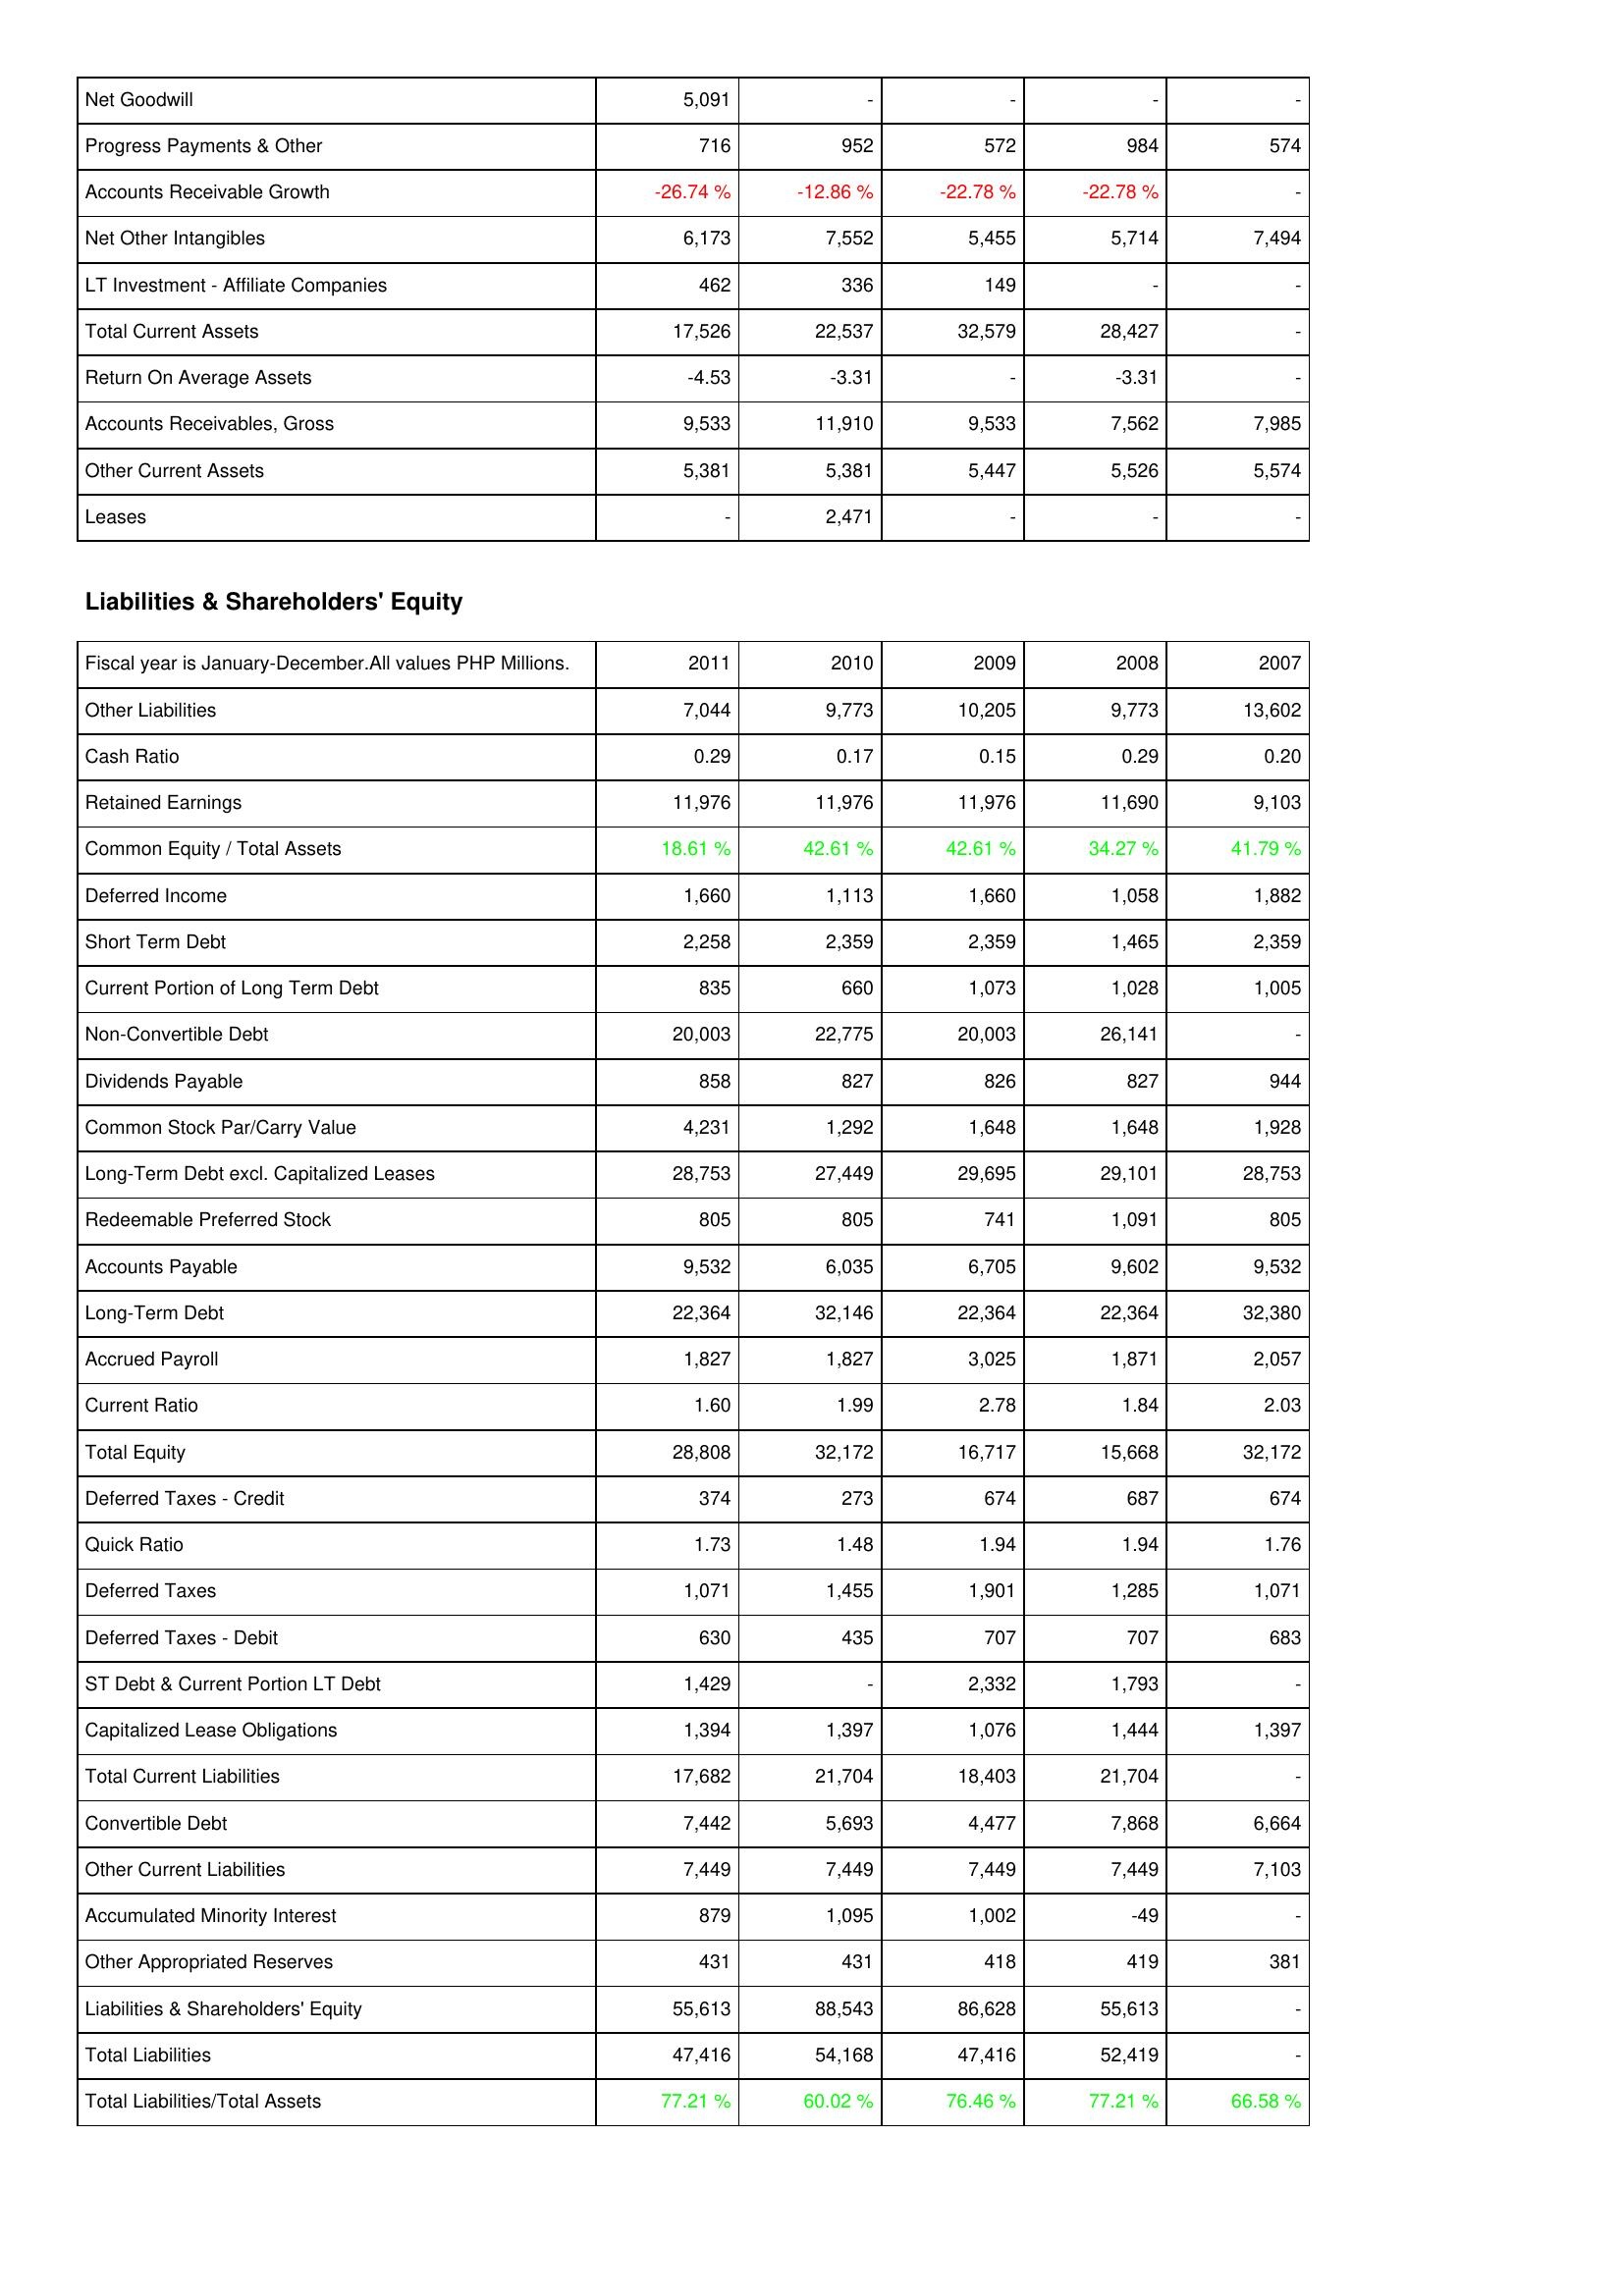
2011: Assets: Net Goodwill: 5,091
Progress Payments & Other: 716
Accounts Receivable Growth: -26.74 %
Net Other Intangibles: 6,173
LT Investment - Affiliate Companies: 462
Total Current Assets: 17,526
Return On Average Assets: -4.53
Accounts Receivables, Gross: 9,533
Other Current Assets: 5,381
Leases: -
Liabilities & Shareholders' Equity: Other Liabilities: 7,044
Cash Ratio: 0.29
Retained Earnings: 11,976
Common Equity / Total Assets: 18.61 %
Deferred Income: 1,660
Short Term Debt: 2,258
Current Portion of Long Term Debt: 835
Non-Convertible Debt: 20,003
Dividends Payable: 858
Common Stock Par/Carry Value: 4,231
Long-Term Debt excl. Capitalized Leases: 28,753
Redeemable Preferred Stock: 805
Accounts Payable: 9,532
Long-Term Debt: 22,364
Accrued Payroll: 1,827
Current Ratio: 1.60
Total Equity: 28,808
Deferred Taxes - Credit: 374
Quick Ratio: 1.73
Deferred Taxes: 1,071
Deferred Taxes - Debit: 630
ST Debt & Current Portion LT Debt: 1,429
Capitalized Lease Obligations: 1,394
Total Current Liabilities: 17,682
Convertible Debt: 7,442
Other Current Liabilities: 7,449
Accumulated Minority Interest: 879
Other Appropriated Reserves: 431
Liabilities & Shareholders' Equity: 55,613
Total Liabilities: 47,416
Total Liabilities/Total Assets: 77.21 %
2010: Assets: Net Goodwill: -
Progress Payments & Other: 952
Accounts Receivable Growth: -12.86 %
Net Other Intangibles: 7,552
LT Investment - Affiliate Companies: 336
Total Current Assets: 22,537
Return On Average Assets: -3.31
Accounts Receivables, Gross: 11,910
Other Current Assets: 5,381
Leases: 2,471
Liabilities & Shareholders' Equity: Other Liabilities: 9,773
Cash Ratio: 0.17
Retained Earnings: 11,976
Common Equity / Total Assets: 42.61 %
Deferred Income: 1,113
Short Term Debt: 2,359
Current Portion of Long Term Debt: 660
Non-Convertible Debt: 22,775
Dividends Payable: 827
Common Stock Par/Carry Value: 1,292
Long-Term Debt excl. Capitalized Leases: 27,449
Redeemable Preferred Stock: 805
Accounts Payable: 6,035
Long-Term Debt: 32,146
Accrued Payroll: 1,827
Current Ratio: 1.99
Total Equity: 32,172
Deferred Taxes - Credit: 273
Quick Ratio: 1.48
Deferred Taxes: 1,455
Deferred Taxes - Debit: 435
ST Debt & Current Portion LT Debt: -
Capitalized Lease Obligations: 1,397
Total Current Liabilities: 21,704
Convertible Debt: 5,693
Other Current Liabilities: 7,449
Accumulated Minority Interest: 1,095
Other Appropriated Reserves: 431
Liabilities & Shareholders' Equity: 88,543
Total Liabilities: 54,168
Total Liabilities/Total Assets: 60.02 %
2009: Assets: Net Goodwill: -
Progress Payments & Other: 572
Accounts Receivable Growth: -22.78 %
Net Other Intangibles: 5,455
LT Investment - Affiliate Companies: 149
Total Current Assets: 32,579
Return On Average Assets: -
Accounts Receivables, Gross: 9,533
Other Current Assets: 5,447
Leases: -
Liabilities & Shareholders' Equity: Other Liabilities: 10,205
Cash Ratio: 0.15
Retained Earnings: 11,976
Common Equity / Total Assets: 42.61 %
Deferred Income: 1,660
Short Term Debt: 2,359
Current Portion of Long Term Debt: 1,073
Non-Convertible Debt: 20,003
Dividends Payable: 826
Common Stock Par/Carry Value: 1,648
Long-Term Debt excl. Capitalized Leases: 29,695
Redeemable Preferred Stock: 741
Accounts Payable: 6,705
Long-Term Debt: 22,364
Accrued Payroll: 3,025
Current Ratio: 2.78
Total Equity: 16,717
Deferred Taxes - Credit: 674
Quick Ratio: 1.94
Deferred Taxes: 1,901
Deferred Taxes - Debit: 707
ST Debt & Current Portion LT Debt: 2,332
Capitalized Lease Obligations: 1,076
Total Current Liabilities: 18,403
Convertible Debt: 4,477
Other Current Liabilities: 7,449
Accumulated Minority Interest: 1,002
Other Appropriated Reserves: 418
Liabilities & Shareholders' Equity: 86,628
Total Liabilities: 47,416
Total Liabilities/Total Assets: 76.46 %
2008: Assets: Net Goodwill: -
Progress Payments & Other: 984
Accounts Receivable Growth: -22.78 %
Net Other Intangibles: 5,714
LT Investment - Affiliate Companies: -
Total Current Assets: 28,427
Return On Average Assets: -3.31
Accounts Receivables, Gross: 7,562
Other Current Assets: 5,526
Leases: -
Liabilities & Shareholders' Equity: Other Liabilities: 9,773
Cash Ratio: 0.29
Retained Earnings: 11,690
Common Equity / Total Assets: 34.27 %
Deferred Income: 1,058
Short Term Debt: 1,465
Current Portion of Long Term Debt: 1,028
Non-Convertible Debt: 26,141
Dividends Payable: 827
Common Stock Par/Carry Value: 1,648
Long-Term Debt excl. Capitalized Leases: 29,101
Redeemable Preferred Stock: 1,091
Accounts Payable: 9,602
Long-Term Debt: 22,364
Accrued Payroll: 1,871
Current Ratio: 1.84
Total Equity: 15,668
Deferred Taxes - Credit: 687
Quick Ratio: 1.94
Deferred Taxes: 1,285
Deferred Taxes - Debit: 707
ST Debt & Current Portion LT Debt: 1,793
Capitalized Lease Obligations: 1,444
Total Current Liabilities: 21,704
Convertible Debt: 7,868
Other Current Liabilities: 7,449
Accumulated Minority Interest: -49
Other Appropriated Reserves: 419
Liabilities & Shareholders' Equity: 55,613
Total Liabilities: 52,419
Total Liabilities/Total Assets: 77.21 %
2007: Assets: Net Goodwill: -
Progress Payments & Other: 574
Accounts Receivable Growth: -
Net Other Intangibles: 7,494
LT Investment - Affiliate Companies: -
Total Current Assets: -
Return On Average Assets: -
Accounts Receivables, Gross: 7,985
Other Current Assets: 5,574
Leases: -
Liabilities & Shareholders' Equity: Other Liabilities: 13,602
Cash Ratio: 0.20
Retained Earnings: 9,103
Common Equity / Total Assets: 41.79 %
Deferred Income: 1,882
Short Term Debt: 2,359
Current Portion of Long Term Debt: 1,005
Non-Convertible Debt: -
Dividends Payable: 944
Common Stock Par/Carry Value: 1,928
Long-Term Debt excl. Capitalized Leases: 28,753
Redeemable Preferred Stock: 805
Accounts Payable: 9,532
Long-Term Debt: 32,380
Accrued Payroll: 2,057
Current Ratio: 2.03
Total Equity: 32,172
Deferred Taxes - Credit: 674
Quick Ratio: 1.76
Deferred Taxes: 1,071
Deferred Taxes - Debit: 683
ST Debt & Current Portion LT Debt: -
Capitalized Lease Obligations: 1,397
Total Current Liabilities: -
Convertible Debt: 6,664
Other Current Liabilities: 7,103
Accumulated Minority Interest: -
Other Appropriated Reserves: 381
Liabilities & Shareholders' Equity: -
Total Liabilities: -
Total Liabilities/Total Assets: 66.58 %